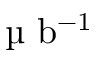
\mathrm { ~ \textmu ~ } \mathrm { { b } ^ { - 1 } }